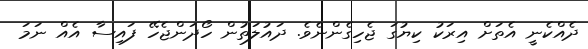
ދެއްކެނީ އެތަށް އިރަކު ކިޔުގަ ޖެހިގެންނެވެ. ދައުލަތުން ހޯދަންޖެހޭ ފައިސާ އެއް ނަމަ